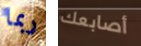
ربما أصابعك